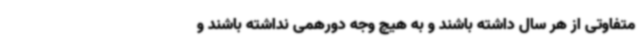
متفاوتی از هر سال داشته باشند و به هیچ وجه دورهمی نداشته باشند و